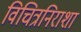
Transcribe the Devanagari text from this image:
विचित्रनिराशा